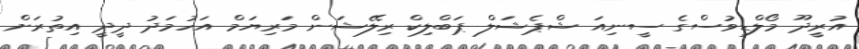
އުރީދޫ މޯލްޑިވުސްގެ ސީނިއަ ޝްޕެޝަލް ޕަބްލިކް ރިލޭޝަން މަރިޔަމް އަހުމަދު ދީދީ އިތުރަށް